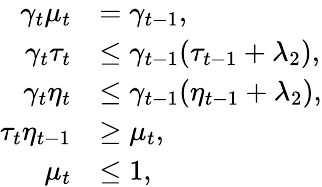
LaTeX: \begin{array}{rl}{\gamma_{t}\mu_{t}}&{=\gamma_{t-1},}\\ {\gamma_{t}\tau_{t}}&{\leq\gamma_{t-1}(\tau_{t-1}+\lambda_{2}),}\\ {\gamma_{t}\eta_{t}}&{\leq\gamma_{t-1}(\eta_{t-1}+\lambda_{2}),}\\ {\tau_{t}\eta_{t-1}}&{\geq\mu_{t},}\\ {\mu_{t}}&{\leq 1,}\end{array}